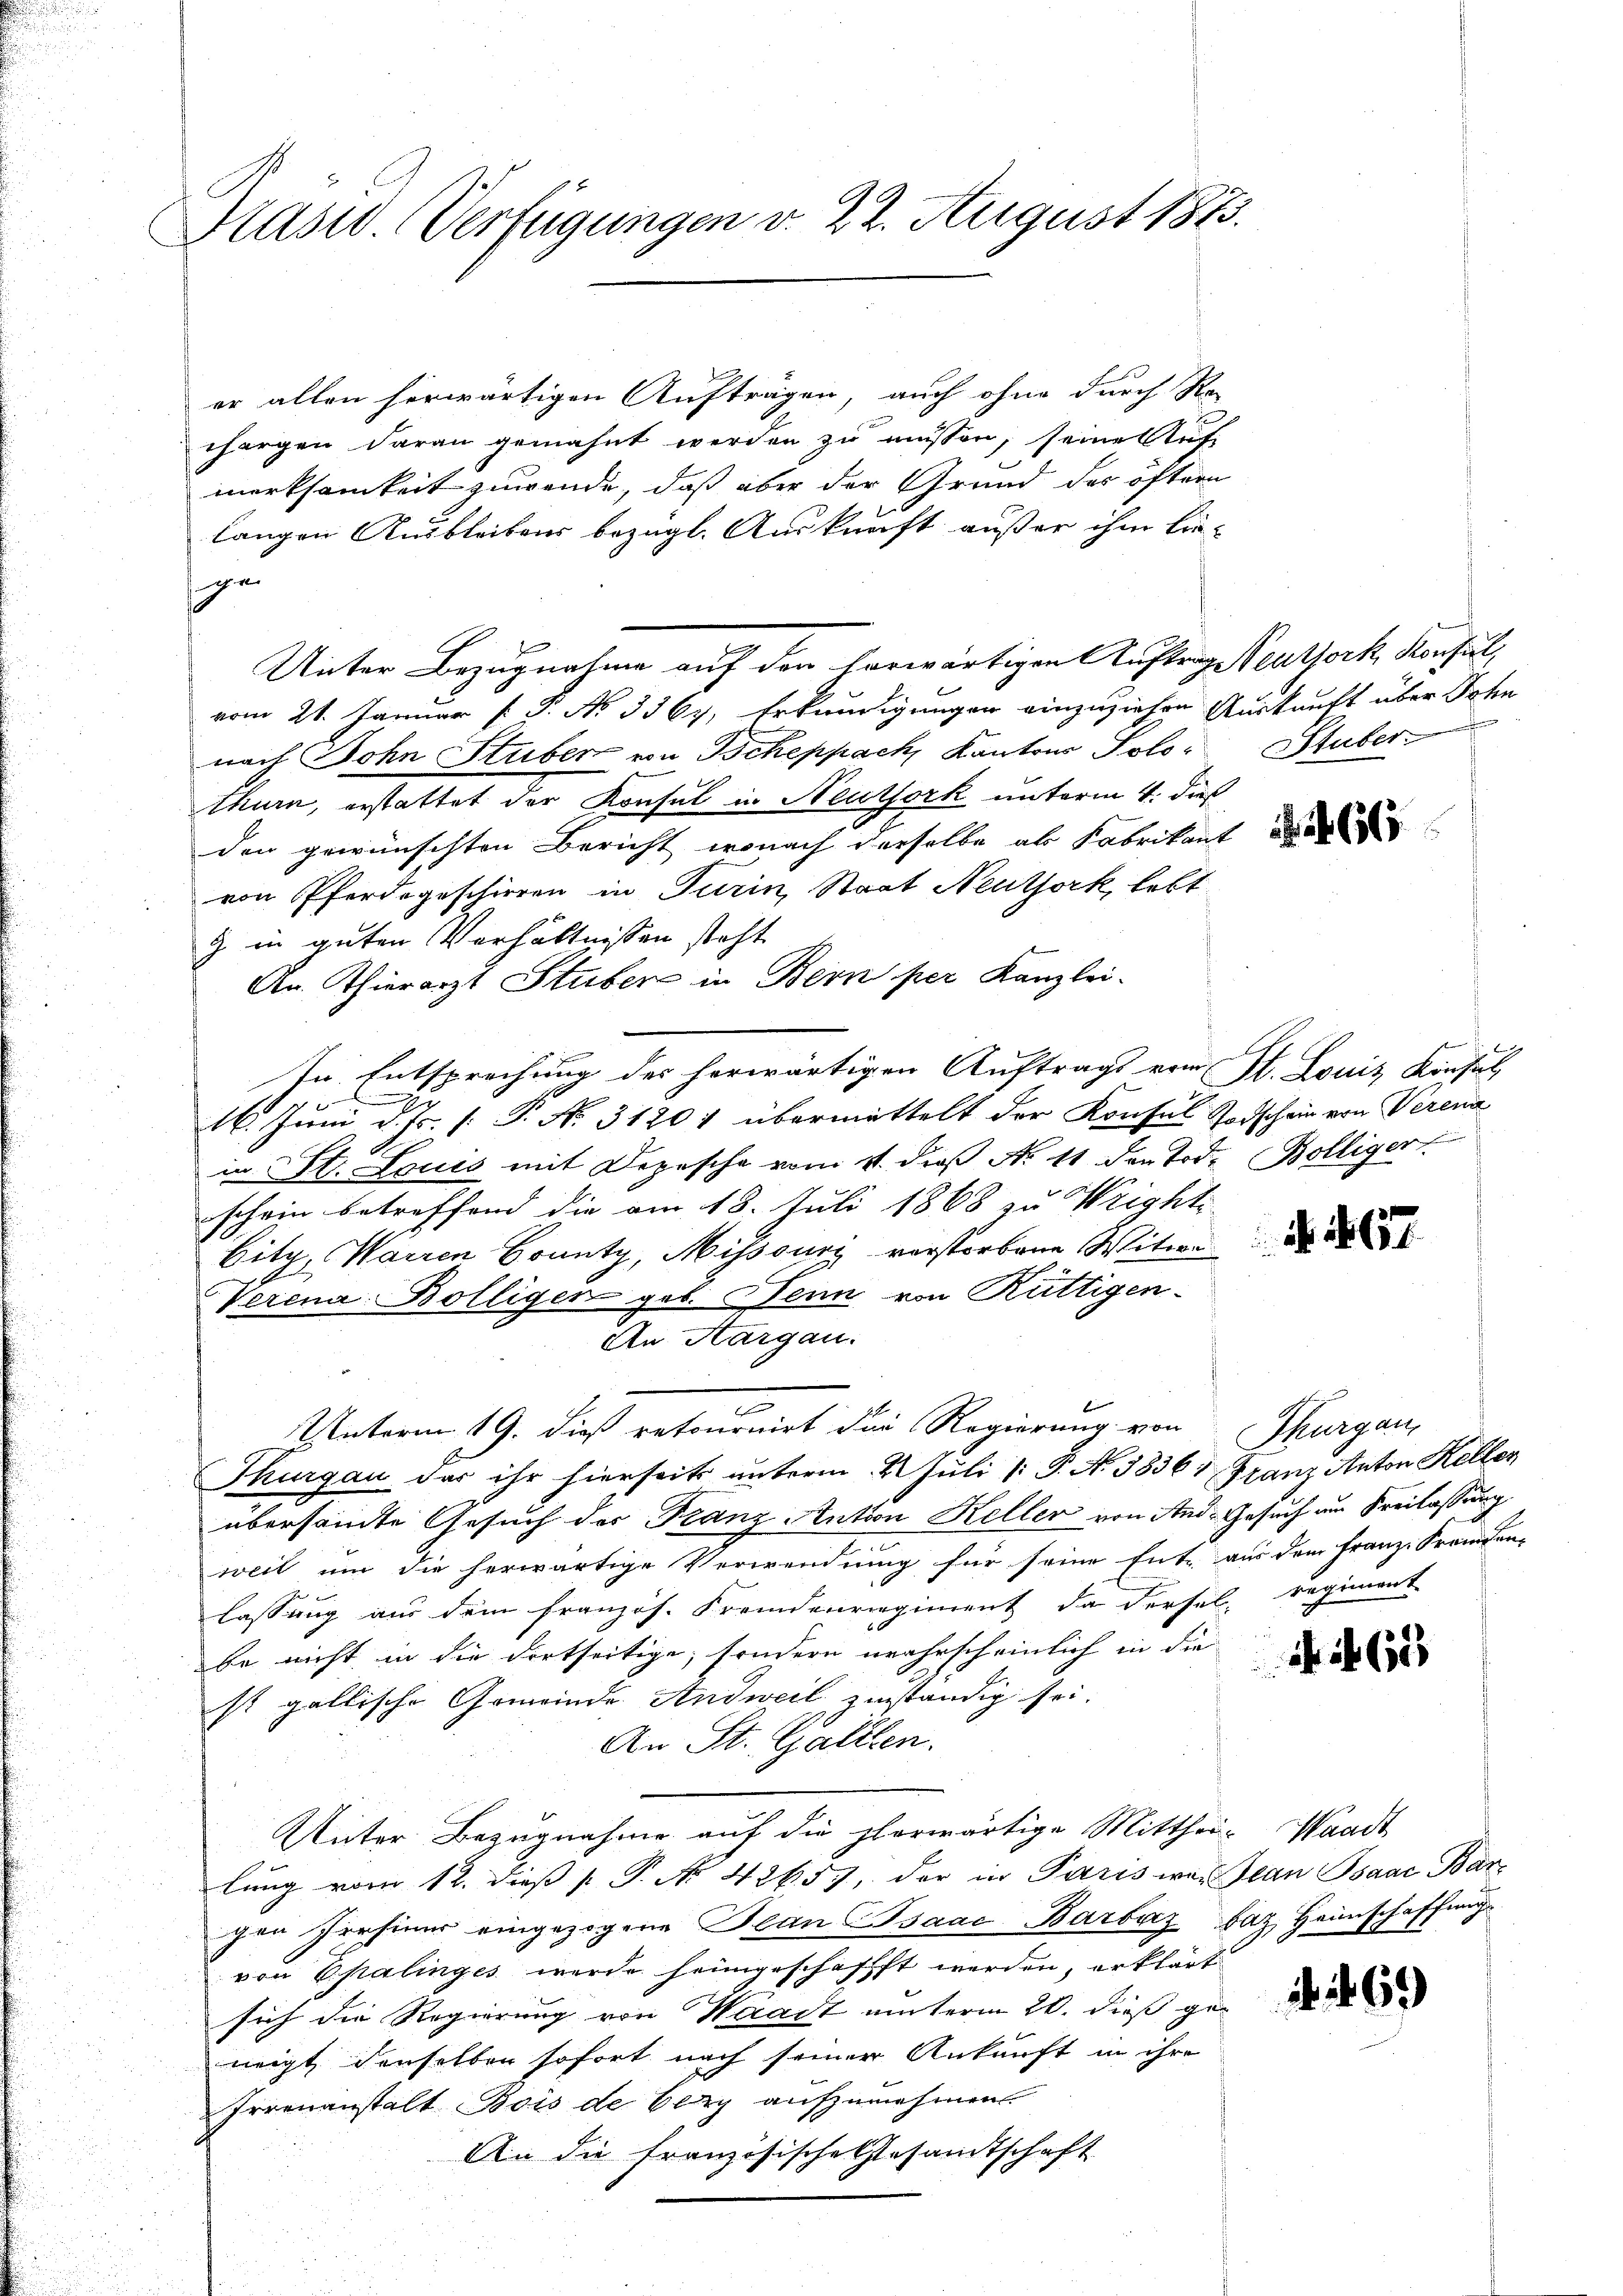
Stasi Verfügungen v. 22. August 1873.

er allen herwärtigen Aufträgen, auch ohne durch Re-
chargen daran gemahnt werden zu müssen, seine Auf-
merksamkeit zuwende, daß aber der Grund des öftern
langen Ausbleibens bezügl. Auskunft außer ihm lie-
ge
Unter Bezugnahme auf den herwärtigen Auftrag Reuthork, Konsul,
vom 21. Januar [ P. No 3367, Erkundigungen einzuziehen Auskunft über John
nach John Stuber von Tscheppach, Kantons Solo- Stuber
thurn, erstattet der Konsul in Neuthork unterm 4. dieß
den gewünschten Bericht, wonach derselbe als Fabrikant de
von Pferdegeschieren in Turin, Staat Neuthork, lebt
& in guten Verhältnissen steht
An. Thierarzt Stuber in Bern per Kanzlei-
In Entsprechung des herwärtigen Auftrags vom St. Louis Konsul
e
16. Juni d. Js. [: P. No. 31201 übermittelt der Konsul Todschein von Verena
in St. Louis mit Depesche vom 11. daβ N. 11 den Tod. Bölliger
schein betreffend die am 18. Juli 1868 zu Wrighti
Eitz, Warren Gounty, Misssuri verstorbene Witwe
Verena Bölliger geb. Jenn von Rüttigen-
An Aargau.
Unterm 19. dies retournirt die Regierung von Thurgau,
Thurgau das ihr hierseits unterm 2. Juli /: P. A. 3836. Franz Anton Keller
übersandte Gesuch der Franz Antion Keller von And. Gesuch am Freilassung
weil um die herwärtige Verwendung für seine Ent- aus dem Franz-Fremden-
lassung aus dem französ. Fremdenregiment da dersel regiment
be nicht in die dortseitige, sondern wahrscheinlich in die
st gallische Gemeinde Andweil zuständig sei.
An St. Gallen.
Unter Bezugnahme auf die phlerwärtige Mitthei- Waadt
lung vom 12. dieβ [ P. No. 42657, der in Paris war Jean Paar Bar-
gen Persiner eingezogene Bean CIsaac Barbaz daz Heimschaffung
von Epalinges werde heimgeschaffft werden, erklärt
sich die Regierung von Waadt unterm 20. dieß geneigt, denselben sofort nach seiner Ankunft in ihre
Irrenanstalt Bois de bey aufzunehmen.
An die französische Gesandtschaft

. . 697.

625

260)